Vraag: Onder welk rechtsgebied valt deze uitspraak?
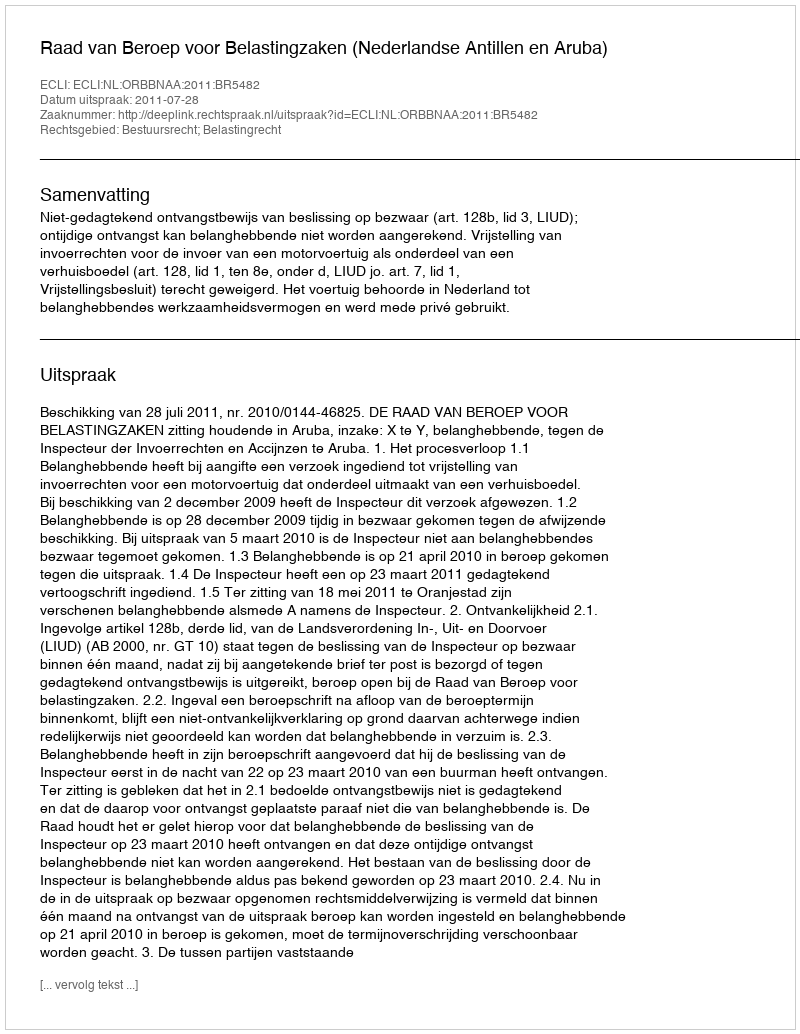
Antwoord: Bestuursrecht; Belastingrecht